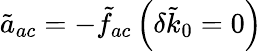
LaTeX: \tilde{a}_{ac}=-\tilde{f}_{ac}\left(\delta\tilde{k}_{0}=0\right)